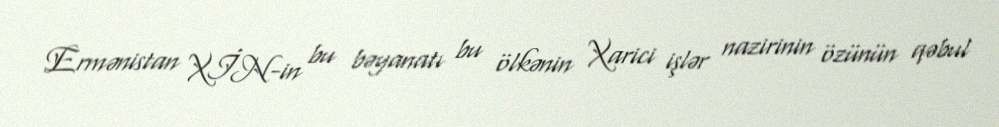
Ermənistan XİN-in bu bəyanatı bu ölkənin Xarici işlər nazirinin özünün qəbul